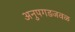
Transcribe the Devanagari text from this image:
अनुपगडजवळ